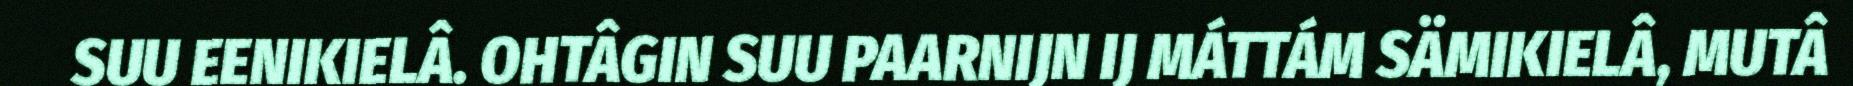
SUU EENIKIELÂ. OHTÂGIN SUU PAARNIJN IJ MÁTTÁM SÄMIKIELÂ, MUTÂ